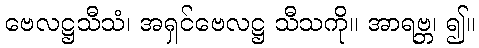
ဗေလဋ္ဌသီသံ၊ အရှင်ဗေလဋ္ဌ သီသကို။ အာရဗ္ဘ၊ ၍။